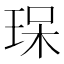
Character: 𤥯